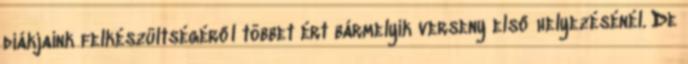
diákjaink felkészültségéről többet ért bármelyik verseny első helyezésénél. De